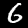
Digit: 6